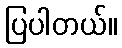
ပြပါတယ်။